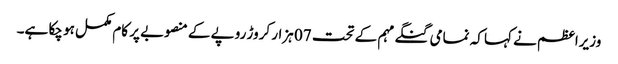
وزیراعظم نے کہا کہ نمامی گنگے مہم کے تحت 07 ہزار کروڑ روپے کے منصوبے پر کام مکمل ہو چکا ہے۔